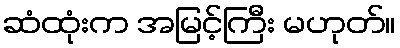
ဆံထုံးက အမြင့်ကြီး မဟုတ်။